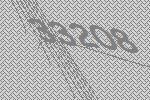
33208